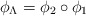
\begin{align*} \phi_{\Lambda} = \phi_2 \circ \phi_1\end{align*}